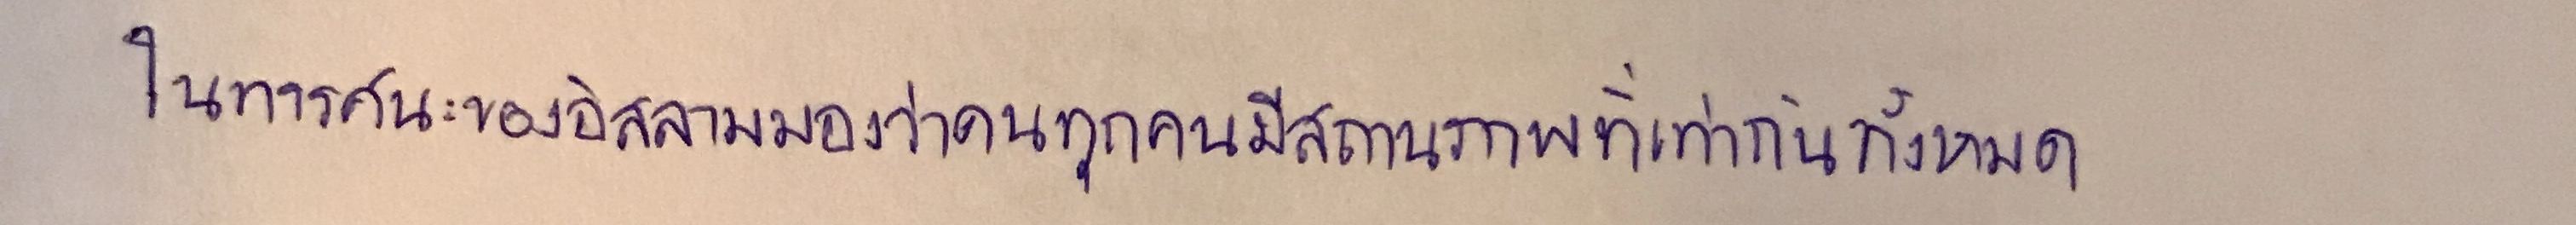
ในทรรศนะของอิสลามมองว่าคนทุกคนมีสถานภาพที่เท่ากันทั้งหมด